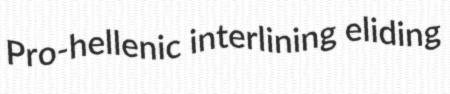
Pro-hellenic interlining eliding